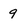
Character: 9